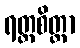
ရတ္တစိတ္တာ